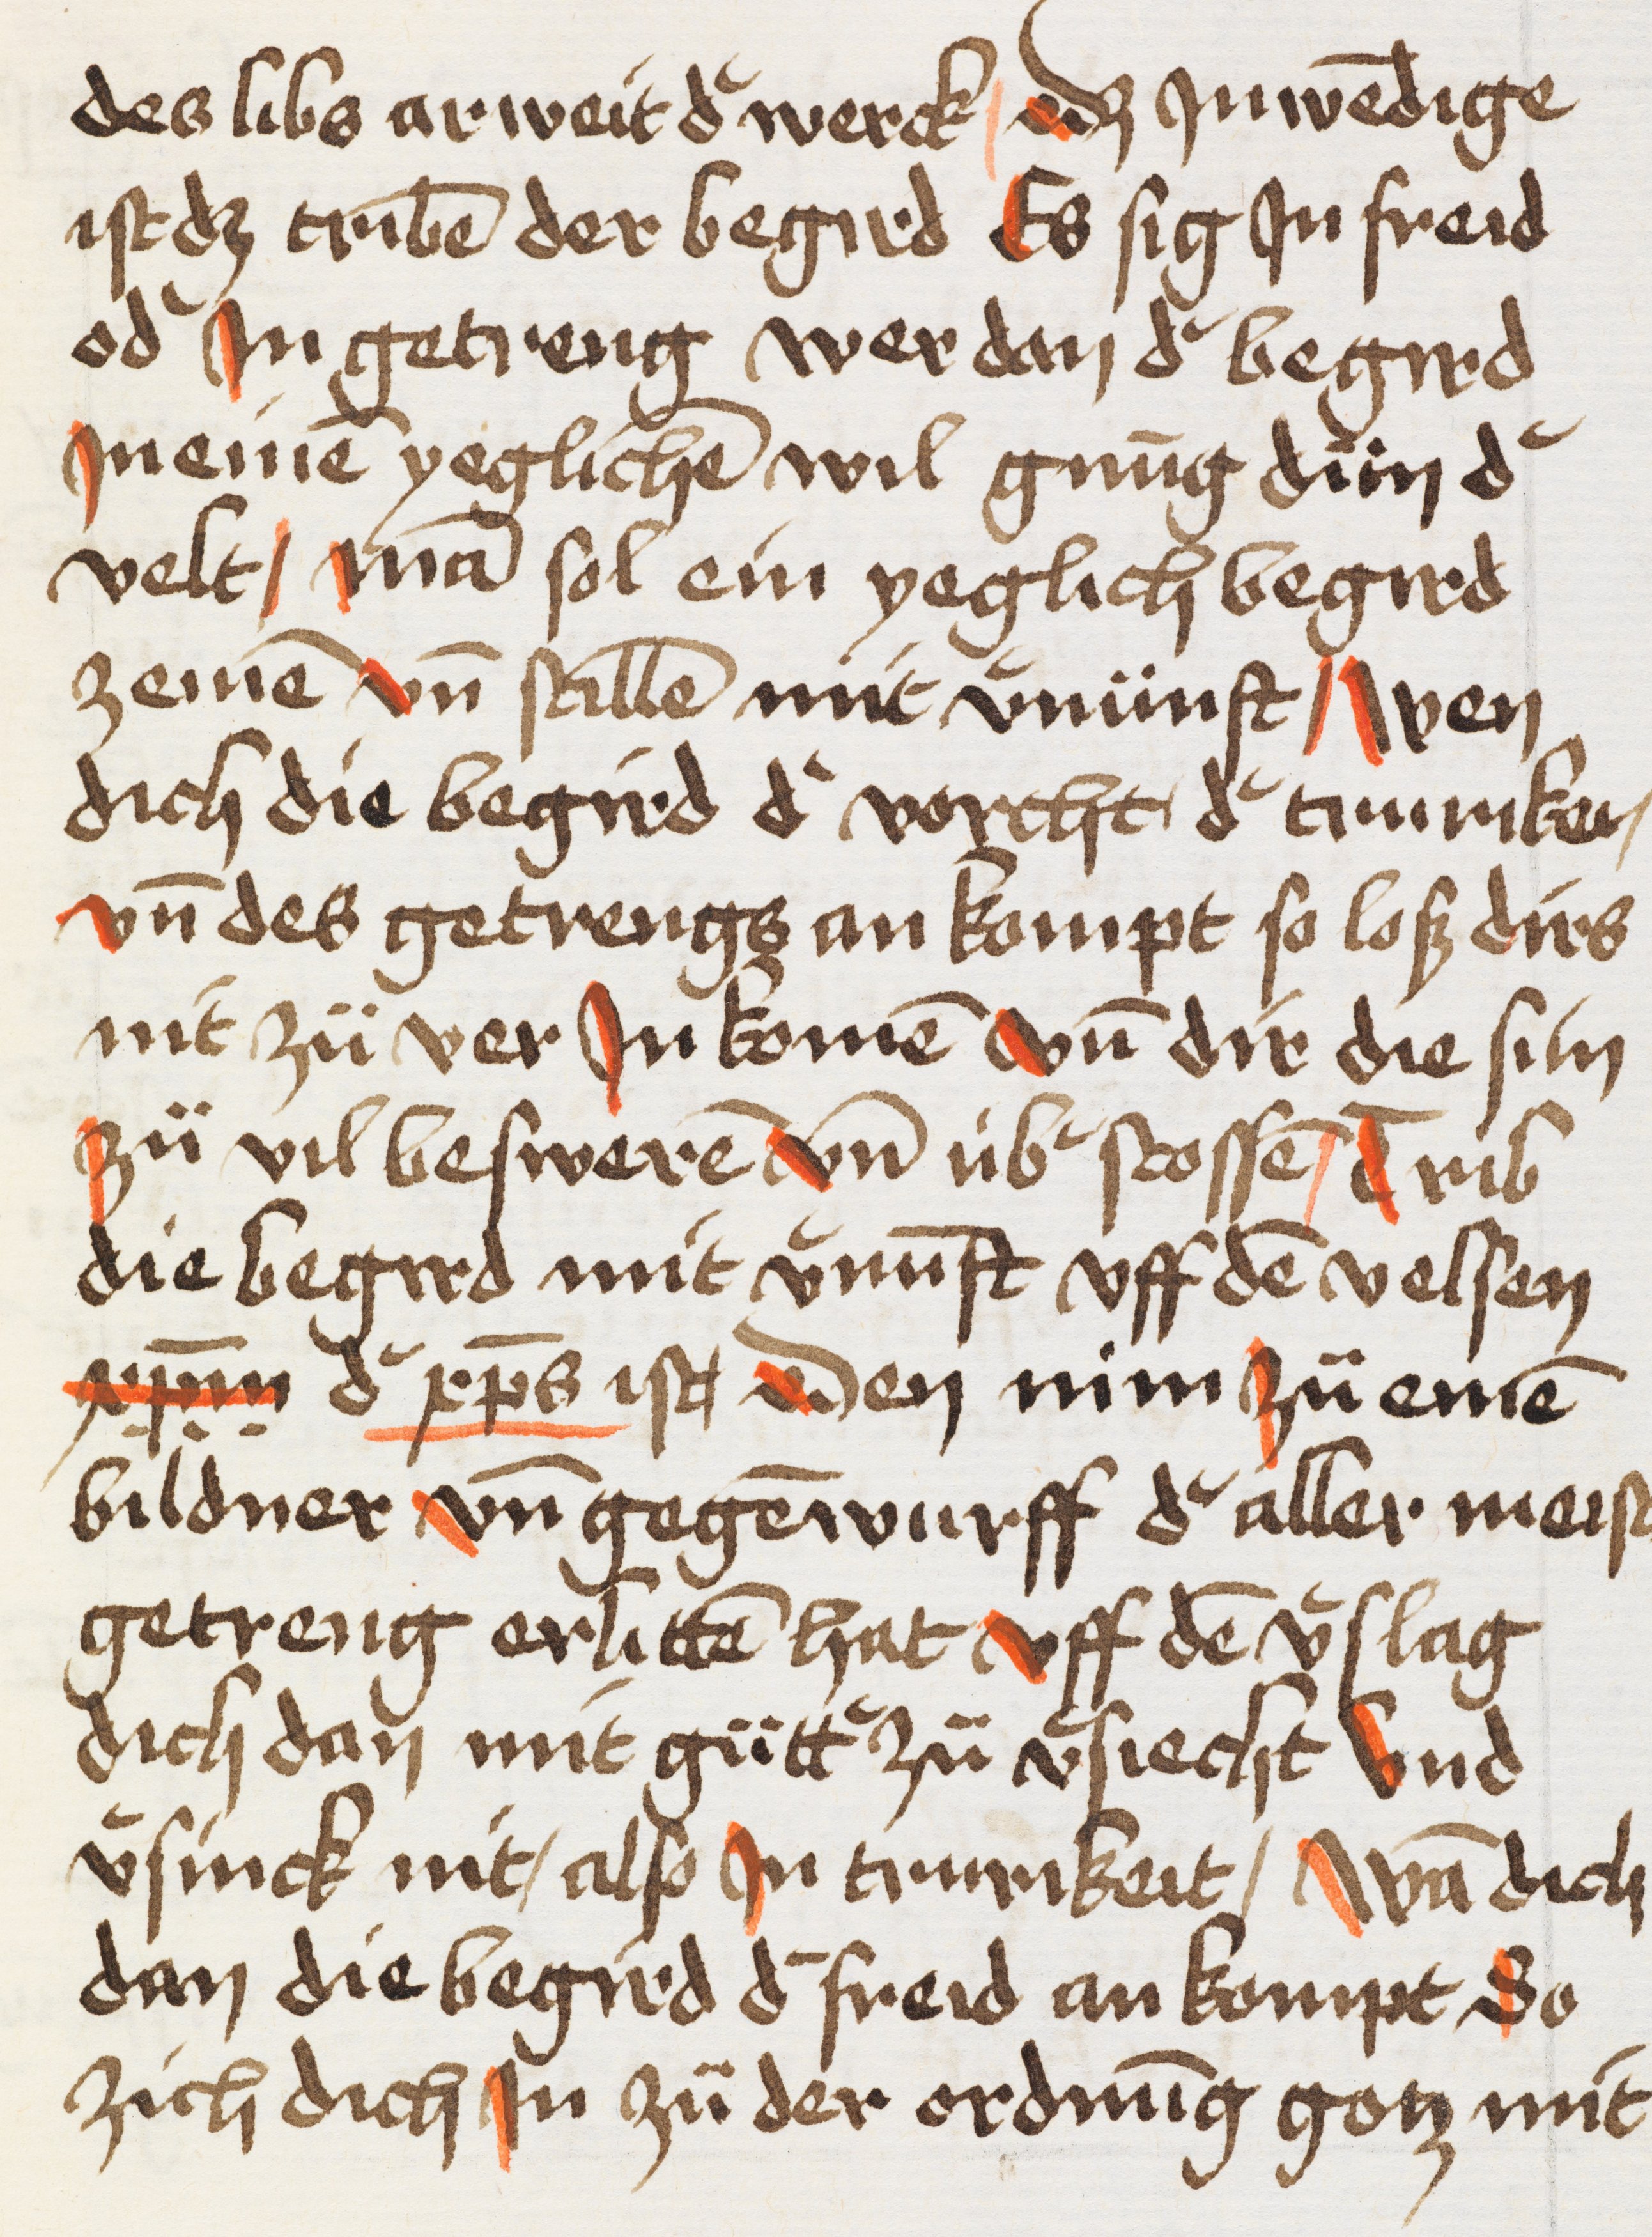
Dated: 1400–1499